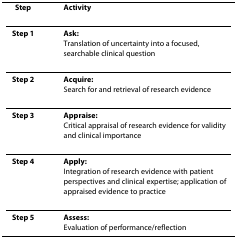
<table><thead><tr><td><b>Step</b></td><td><b> Activity</b></td></tr></thead><tbody><tr><td><b>Step 1</b></td><td> <b>Ask: </b>Translation of uncertainty into a focused, searchable clinical question</td></tr><tr><td><b>Step 2</b></td><td> <b>Acquire: </b>Search for and retrieval of research evidence</td></tr><tr><td><b>Step 3</b></td><td> <b>Appraise: </b>Critical appraisal of research evidence for validity and clinical importance</td></tr><tr><td><b>Step 4</b></td><td> <b>Apply: </b>Integration of research evidence with patient perspectives and clinical expertise; application of appraised evidence to practice</td></tr><tr><td><b>Step 5</b></td><td> <b>Assess: </b>Evaluation of performance/reflection</td></tr></tbody></table>